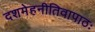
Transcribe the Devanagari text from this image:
दशमेहनीतिवापाठः